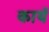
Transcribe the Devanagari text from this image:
कायॅ